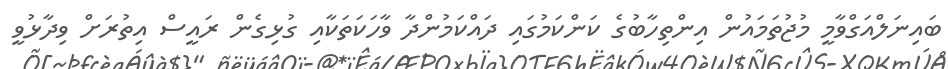
ބައިނަލްއަގްވާމީ މުޖުތަމައުން އިންތިހާބުގެ ކަންކަމުގައި ދައްކަމުންދާ ވާހަކަތަކާއި ގުޅިގެން ރައީސް އިތުރަށް ވިދާޅުވީ